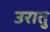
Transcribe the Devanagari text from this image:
उरातु